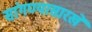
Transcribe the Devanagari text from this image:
सांगण्यासारखे